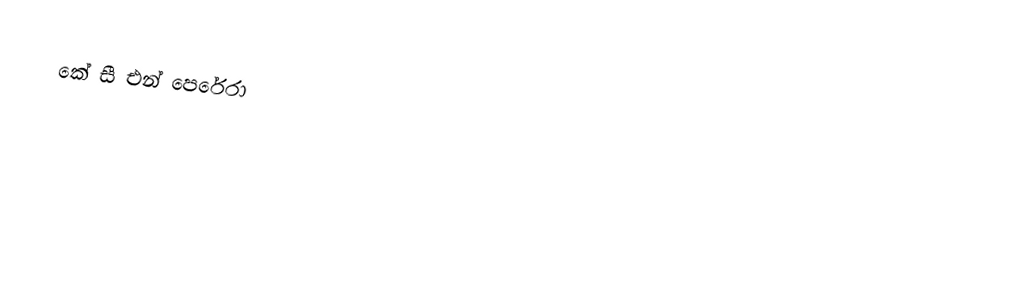
කේ සී එන් පෙරේරා